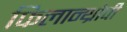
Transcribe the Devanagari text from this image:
फिलान्थ्रोपी